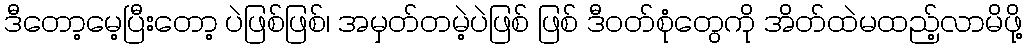
ဒီတော့မေ့ပြီးတော့ ပဲဖြစ်ဖြစ်၊ အမှတ်တမဲ့ပဲဖြစ် ဖြစ် ဒီဝတ်စုံတွေကို အိတ်ထဲမထည့်လာမိဖို့